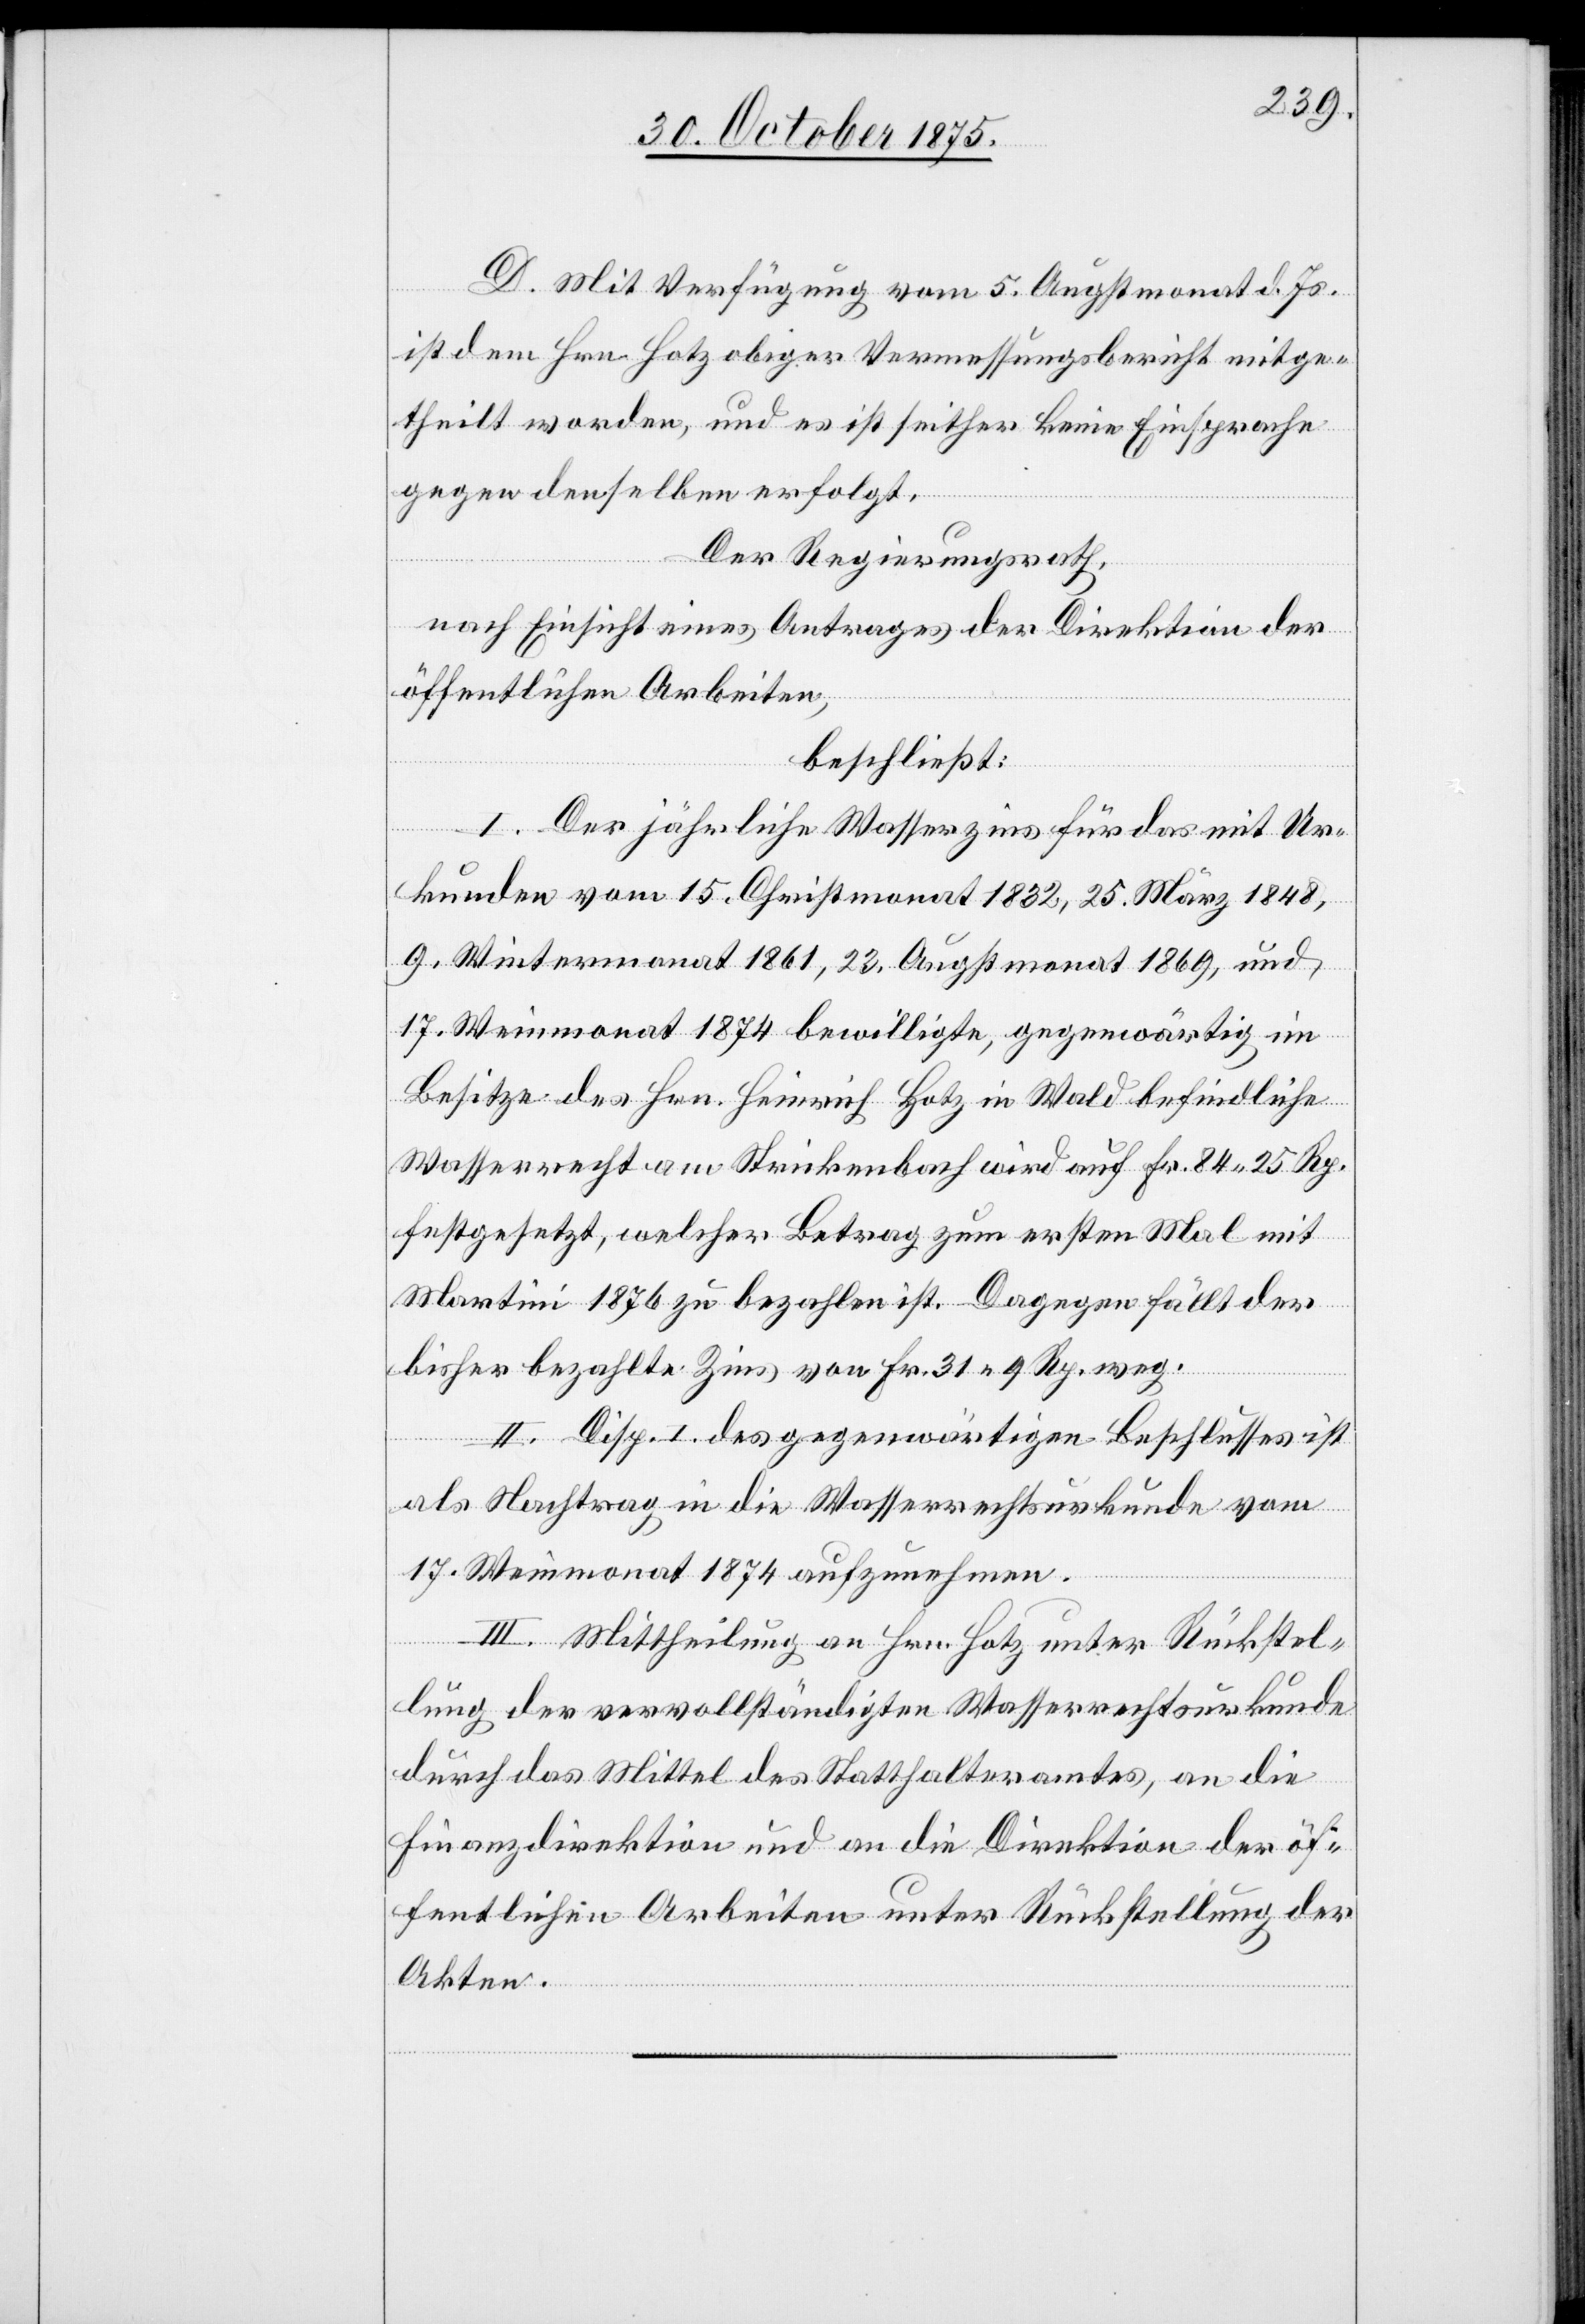
D. Mit Verfügung vom 5. Augstmonat d. Js.
ist dem Hrn. Hotz obiger Vermessungsbericht mitge¬
theilt worden, und es ist seither keine Einsprache
gegen denselben erfolgt.
Der Regierungsrath,
nach Einsicht eines Antrages der Direktion der
öffentlichen Arbeiten,
beschließt:
I. Der jährliche Wasserzins für das mit Ur¬
kunden vom 15. Christmonat 1832, 25. März 1848,
9. Wintermonat 1861, 23. Augstmonat 1869, und
17. Weinmonat 1874 bewilligte, gegenwärtig im
Besitze des Hrn. Heinrich Hotz in Wald befindliche
Wasserrecht am Strickenbach wird auf Fr. 84 25 Rp.
festgesetzt, welcher Betrag zum ersten Mal mit
Martini 1876 zu bezahlen ist. Dagegen fällt der
bisher bezahlte Zins von Fr. 31 9 Rp. weg.
II. Disp. I des gegenwärtigen Beschlusses ist
als Nachtrag in die Wasserrechtsurkunde vom
17. Weinmonat 1874 aufzunehmen.
III. Mittheilung an Hrn. Hotz unter Rückstel¬
lung der vervollständigten Wasserrechtsurkunde
durch das Mittel des Statthalteramtes, an die
Finanzdirektion und an die Direktion der öf¬
fentlichen Arbeiten unter Rückstellung der
Akten.